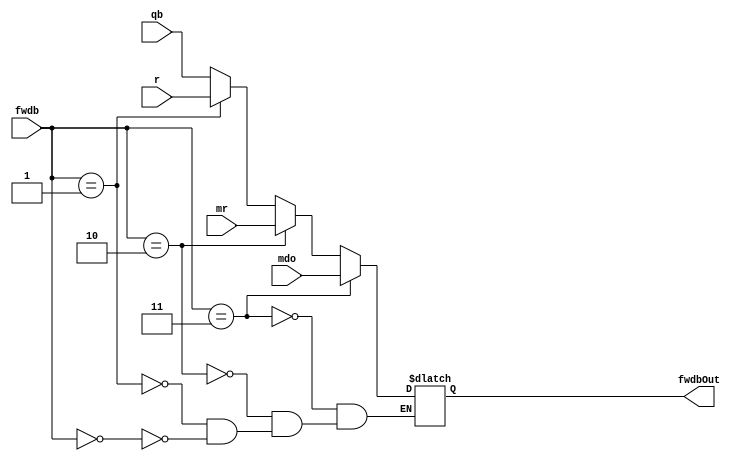
`timescale 1ns / 1ps
//////////////////////////////////////////////////////////////////////////////////
// Company: 
// Engineer: 
// 
// Design Name: 
// Module Name: fwdbMux
// Project Name: 
// Target Devices: 
// Tool Versions: 
// Description: 
// 
// Dependencies: 
// 
// Revision:
// Revision 0.01 - File Created
// Additional Comments:
// 
//////////////////////////////////////////////////////////////////////////////////


module fwdbMux(fwdb, qb, r, mr, mdo, fwdbOut);
    input wire [1:0] fwdb;
    input wire [31:0] qb;
    input wire [31:0] r;
    input wire [31:0] mr;
    input wire [31:0] mdo;
    output reg [31:0] fwdbOut;
    
    always @(*) begin
        if (fwdb == 2'b00)  //00
            fwdbOut <= qb;
        
        if (fwdb == 2'b01)  //01
            fwdbOut <= r;
        
        if (fwdb == 2'b10)  //10
            fwdbOut <= mr;
        
        if (fwdb == 2'b11)  //11
            fwdbOut <= mdo;
    end
endmodule